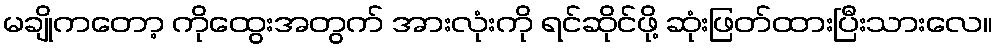
မချိုကတော့ ကိုထွေးအတွက် အားလုံးကို ရင်ဆိုင်ဖို့ ဆုံးဖြတ်ထားပြီးသားလေ။